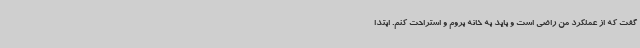
گفت که از عملکرد من راضی است و باید به خانه بروم و استراحت کنم. ابتدا